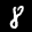
Label: 8